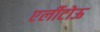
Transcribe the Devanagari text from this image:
एर्लीटोऊ